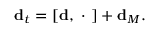
{ \bf d } _ { t } = [ { \bf d } , \ \cdot \ ] + { \bf d } _ { M } .